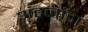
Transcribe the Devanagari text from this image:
अंटलांटा